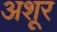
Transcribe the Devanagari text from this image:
अशूर